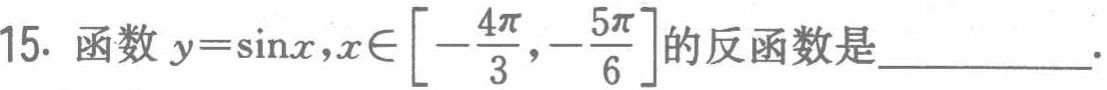
15. 函数 \(y = \sin x,x\in\left[-\frac{4\pi}{3},-\frac{5\pi}{6}\right]\) 的反函数是____________.